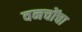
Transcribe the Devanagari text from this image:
वनचोंचा